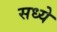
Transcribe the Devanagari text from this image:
सध्ये